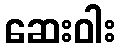
ဆေးဝါး